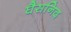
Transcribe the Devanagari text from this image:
घैसनिद